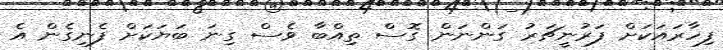
ފިހާރައަކަށް ފަރުނީޗަރު ގަންނަން ގޮސް ތިއްބާ ވެސް ގިނަ ބަޔަކަށް ފެނިގެން އެ